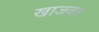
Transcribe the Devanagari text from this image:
खाजवत